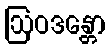
ဩဝဒန္တော